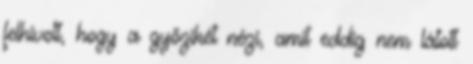
felhívott, hogy a győzikét nézi, amit eddig nem látott